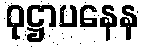
ဝုဋ္ဌာပနေန